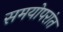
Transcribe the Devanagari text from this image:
समयोपरांत